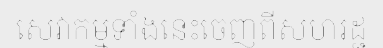
សេវាកម្មទាំងនេះចេញពីសហរដ្ជ